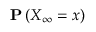
{ \bf P } \left( X _ { \infty } = x \right)